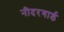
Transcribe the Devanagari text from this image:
नीदरगार्ड